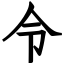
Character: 令